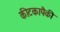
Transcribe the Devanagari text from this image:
कीटकापैकी